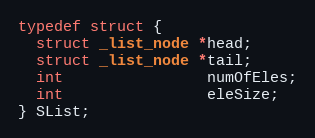
Language: C
typedef struct {
  struct _list_node *head;
  struct _list_node *tail;
  int                numOfEles;
  int                eleSize;
} SList;